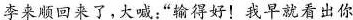
李来顺回来了，大喊:“输得好!我早就看出你